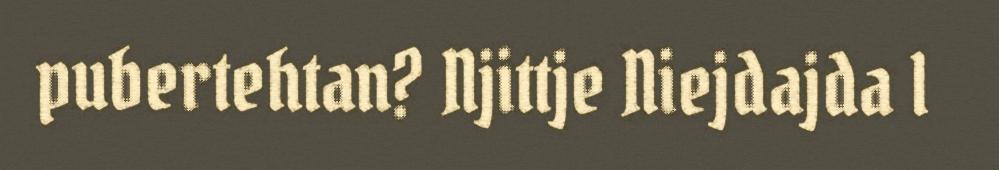
pubertehtan? Njittje Niejdajda l